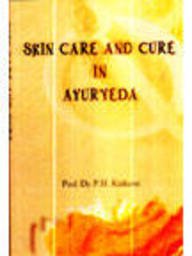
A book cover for Skin Care and Cure in Ayurveda; Professor Dr. P.H. Kulkarni; Health, Fitness & Dieting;